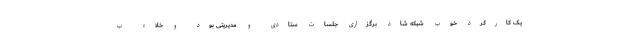
یک کارکرد خوب شبکه شاد برگزاری جلسات ستادی و مدیریتی بود و خلاء ب